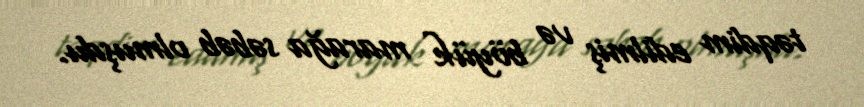
təqdim edilmiş və böyük marağa səbəb olmuşdu.